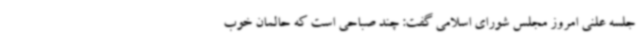
جلسه علنی امروز مجلس شورای اسلامی گفت: چند صباحی است که حالمان خوب